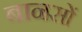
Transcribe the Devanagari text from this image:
बानसों